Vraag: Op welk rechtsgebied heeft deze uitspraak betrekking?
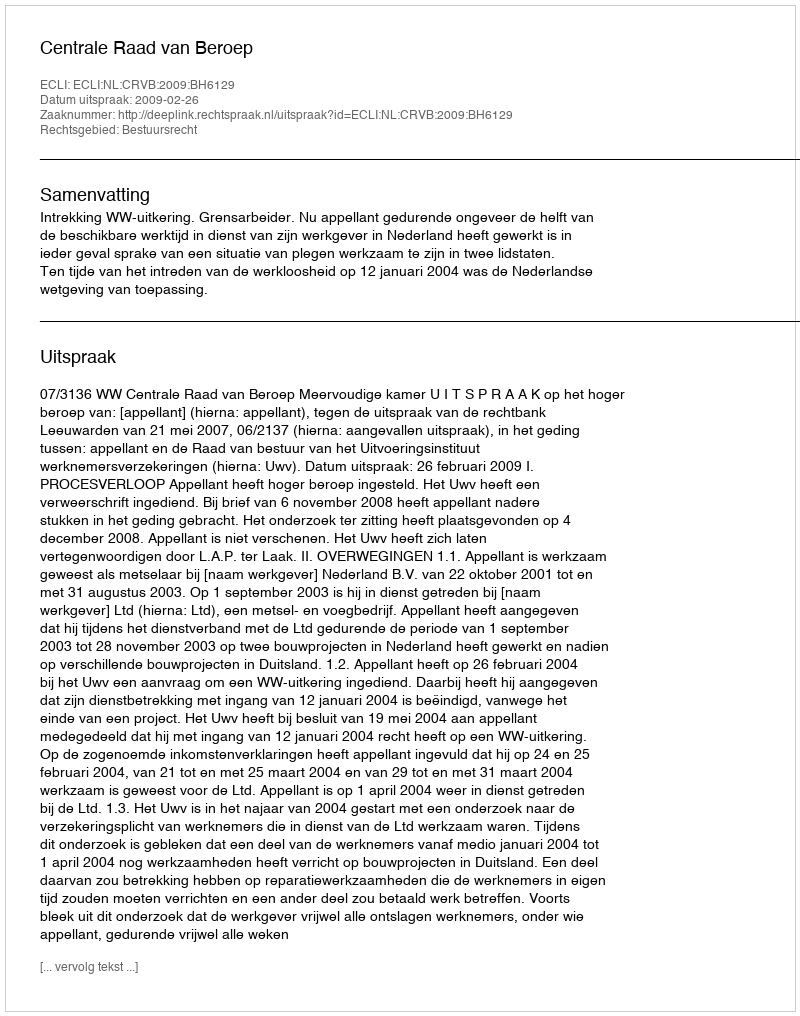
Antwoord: Bestuursrecht